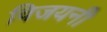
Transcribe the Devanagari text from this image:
विजयनी